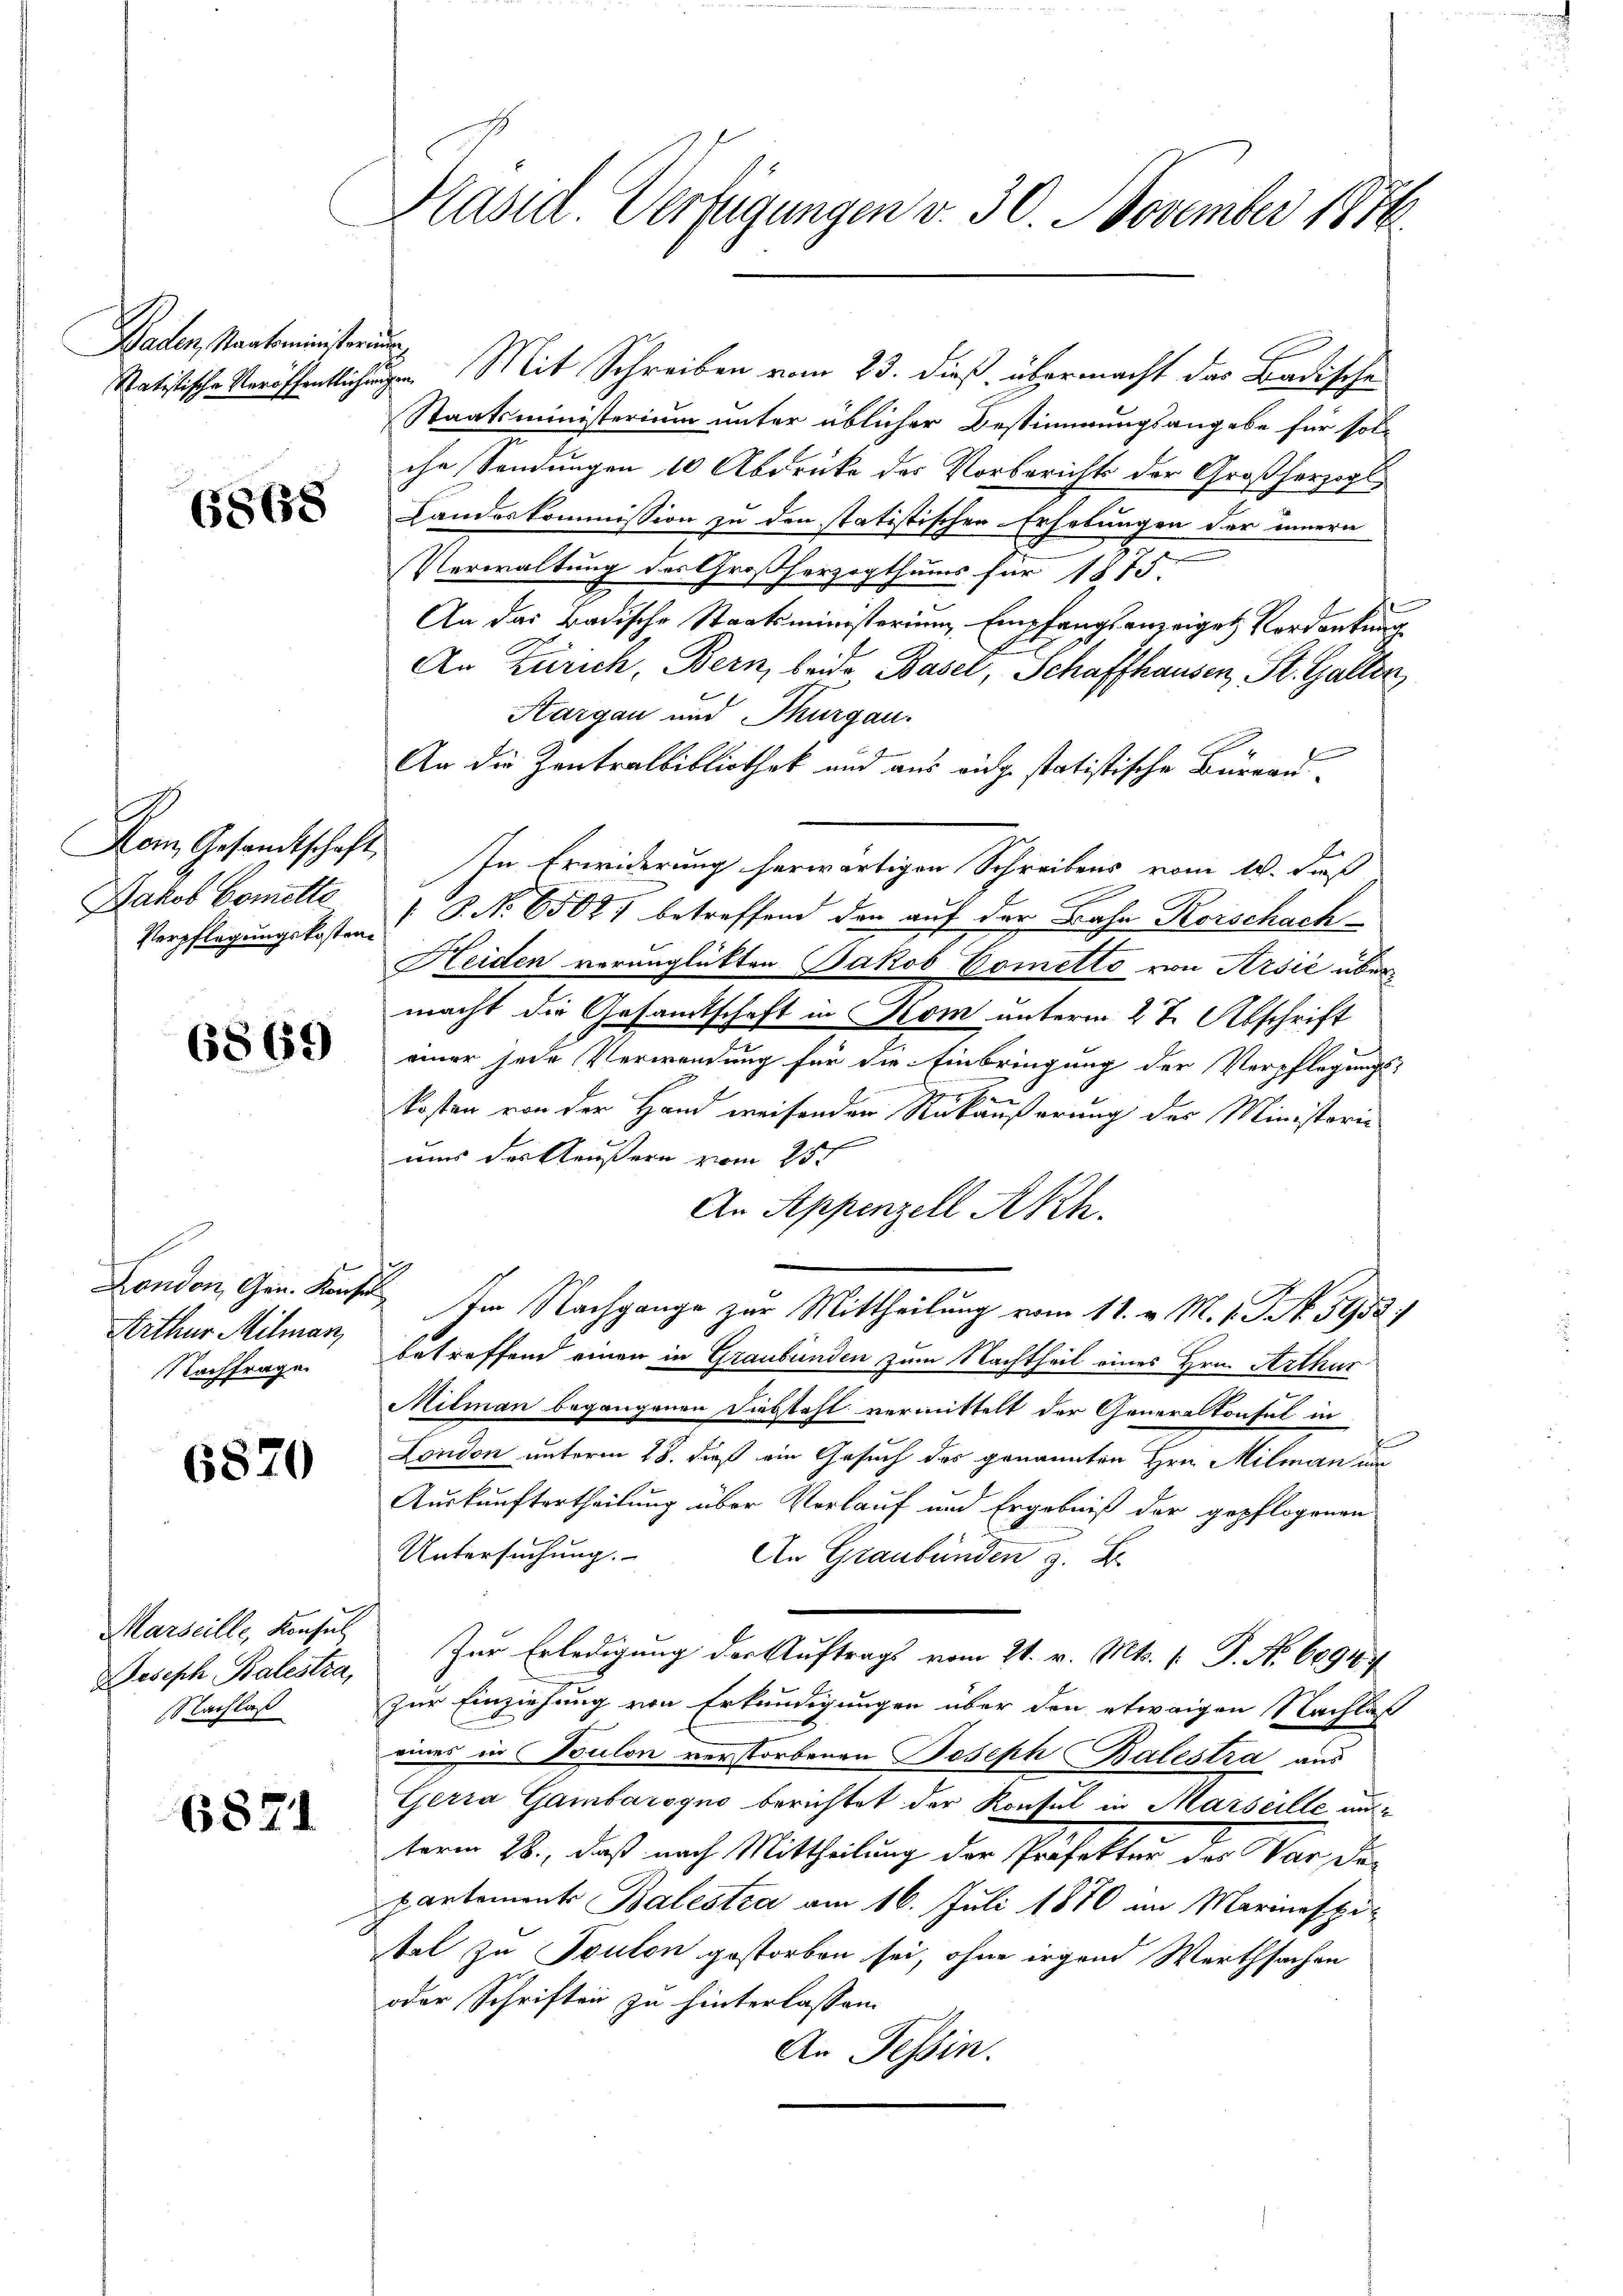
Baden Staatsministerun

6868

Kom Gesandtschaft,
Jakob Bemitte

6869

Nachfrage

6870

Marseille, Konsul
Nachlaß

6871

Präsid. Verfügungen v. 30. November 1876

Statistische Veröffentlichungen. Mit Schreiben vom 23. dieß übermacht das Badische
Staatsministerium unter üblicher Bestimmungsangabe für sol-
che Sendungen 10 Abdrücke des Vorberichts der Großherzogl
Landeskommission zu den statistischen Erhebungen der innern
Verwaltung des Großherzogthums für 1815.
An das Badische Staatsministerium Empfangsanzeiges Verdankung
An Zürich, Bern, beide Basel, Schaffhausen, St. Galler
Aargau und Thurgau.
e
An die Zentralbibliothek und aus eidge statistische Büreau¬
In Erwiderung herwärtigen Schreibens vom 10. dieß
Verpflegungskosten P. Nr. 65047 betreffend den auf der Bahn Korschach
Heiden verunglückten Jakob Cometto von Arsić über
macht die Gesamtschaft in Kom unterm 2te Abschrift
einer jede Verwendung für die Einbringung der Verpflegungs-
e
kosten von der Hand weisenden Rückäußerung des Ministorie
e
uns das Aeußern vom 25t
An Appenzell Akh.
London, Gen. Kons. Im Nachgange zur Mittheilung vom 11. v. M. s. S. 5952/
Arthur Milmar, betreffend einen in Graubünden zum Nachtheil eines Hrn. Arthur
Milman begangenen Diebstahl vermittelt der Generalkonsul in
London unterm 28. daß ein Gesuch des genannten Hrn. Milman und
Auskunftertheilung über Vorlauf und Ergebniß der gepflogenen
Untersuchung.
An Graubünden z. B.
Joseph Balestra, Zur Erledigung der Auftrags vom 21. v. Mts. f. P. Nr. 60917
zur Einziehung von Erkundigungen über den etwaigen Nachlaß
eines in Toulon verstorbenen Joseph Balestra aus
Gerra Gambarogno berichtet der Konsul in Marseille austerm 28., daß nach Mittheilung der Präfektor des Vor da-
partement Balestra am 16. Juli 1870 im Marinaspi-
tal zu Toulon gestorben sei, ohne irgend Werthsachen
oder Schriften zu hinterlassen.
An Tessin.